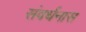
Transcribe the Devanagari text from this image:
संवर्धनास